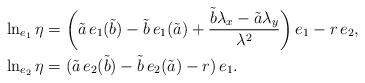
LaTeX: \begin{align*}\begin{aligned}\ln_{e_1}\eta&=\bigg(\tilde{a}\,e_1(\tilde{b})-\tilde{b}\,e_1(\tilde{a})+\frac{\tilde{b}\lambda_x-\tilde{a}\lambda_y}{\lambda^2}\bigg)\,e_1-r\,e_2,\\\ln_{e_2}\eta&=(\tilde{a}\,e_2(\tilde{b})-\tilde{b}\,e_2(\tilde{a})-r)\,e_1.\end{aligned}\end{align*}